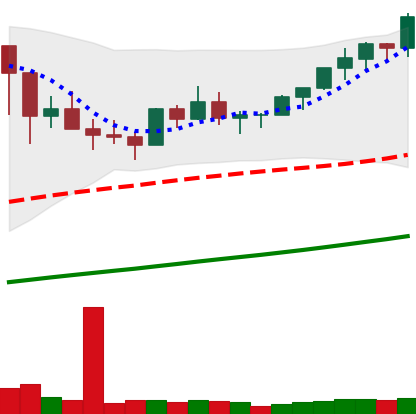
Ticker: BTC-USD
Chart end date: 2021-03-13
Forward return: -5.526%
Label: down_5_7